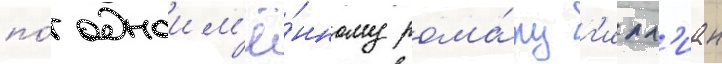
по́ одноим'ё́нному рома́ну г'илл'иан